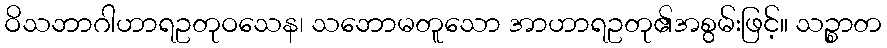
ဝိသဘာဂါဟာရဥတုဝသေန၊ သဘောမတူသော အာဟာရဥတု၏အစွမ်းဖြင့်။ သဉ္စာတ